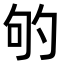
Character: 𭇕